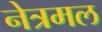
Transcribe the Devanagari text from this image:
नेत्रमल